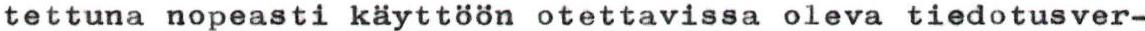
tettuna nopeasti käyttöön otettavissa oleva tiedotusver-